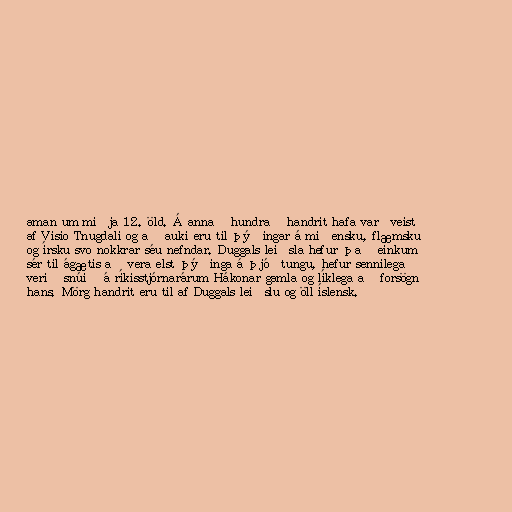
aman um miðja 12. öld. Á annað hundrað handrit hafa varðveist
af Visio Tnugdali og að auki eru til þýðingar á miðensku, flæmsku
og írsku svo nokkrar séu nefndar. Duggals leiðsla hefur það einkum
sér til ágætis að vera elst þýðinga á þjóðtungu, hefur sennilega
verið snúið á ríkisstjórnarárum Hákonar gamla og líklega að forsögn
hans. Mörg handrit eru til af Duggals leiðslu og öll íslensk.